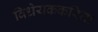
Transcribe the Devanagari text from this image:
विधेयककरिता